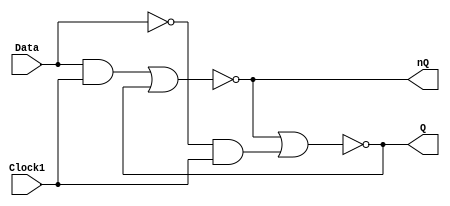
module DLatch( Data,Clock1,nQ,Q);
 input Data,Clock1;
 output nQ,Q;
 wire i0w1,i0w2,i0w3;
 not not1(i0w1,Data);
 and and1(i0w3,Data,Clock1);
 and and2(i0w2,i0w1,Clock1);
 nor nor1(nQ,i0w3,Q);
 nor nor2(Q,nQ,i0w2);
endmodule

// Simulation parameters
// Data CLK 10 10
// Clock1 CLK 20 20